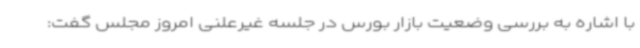
با اشاره به بررسی وضعیت بازار بورس در جلسه غیرعلنی امروز مجلس گفت: